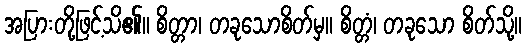
အပြားတို့ဖြင့်သိ၏။ စိတ္တာ၊ တခုသောစိတ်မှ။ စိတ္တံ၊ တခုသော စိတ်သို့။